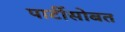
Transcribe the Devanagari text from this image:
पार्टीसोबत